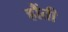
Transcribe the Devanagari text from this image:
हौंती